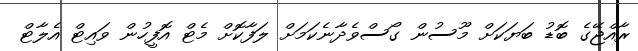
ރާއްޖޭގެ ބޮޑު ބަޔަކަށް މޫސުން ގޯސްވެދާނެކަމަށް ލަފާކޮށް މެޓް އޮފީހުން ވައިޓް އެލާޓް